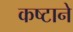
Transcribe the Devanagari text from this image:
कष्‍टाने